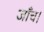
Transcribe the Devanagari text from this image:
जाँच।